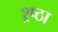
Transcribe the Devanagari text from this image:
श्र्ष्ठा